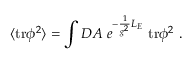
\langle \mathrm { t r } \phi ^ { 2 } \rangle = \int D A ~ e ^ { - \frac { 1 } { g ^ { 2 } } { \cal L } _ { E } } ~ \mathrm { t r } \phi ^ { 2 } ~ .